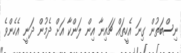
ނިސްބަތުން ގިނަ އެހީތައް ޗައިނާ އިން ލަންކާ އަށް ދެމުން ދަނީ އެހެންވެ